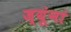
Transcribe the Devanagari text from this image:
ज्यूंनां